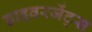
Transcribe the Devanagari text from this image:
डाइवरजेंट्स